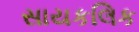
સાયકલિક